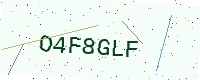
Text: O4F8GLF